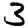
Digit: 3